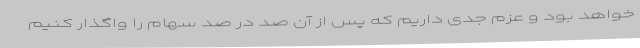
خواهد بود و عزم جدی داریم که پس از آن صد در صد سهام را واگذار کنیم